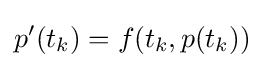
p'(t_{k})=f(t_{k},p(t_{k}))